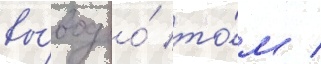
вы́вод о́ то́м /